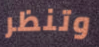
وتنظر